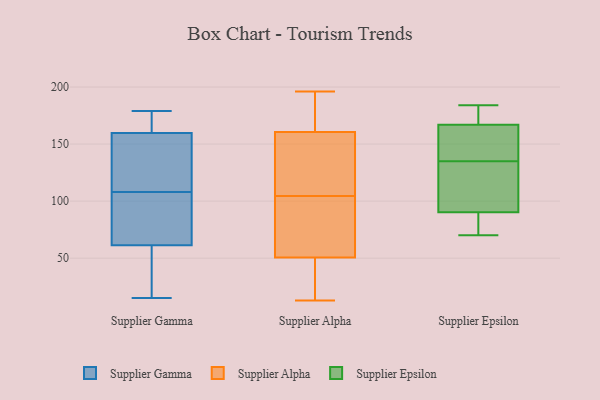
{"axis": {"x": "Net Income (USD K)", "y": "Value"}, "legend": ["Supplier Alpha", "Supplier Epsilon", "Supplier Gamma"], "data": [{"x": "", "y": 20, "type": "Supplier Gamma"}, {"x": "", "y": 172, "type": "Supplier Gamma"}, {"x": "", "y": 37, "type": "Supplier Gamma"}, {"x": "", "y": 138, "type": "Supplier Gamma"}, {"x": "", "y": 162, "type": "Supplier Gamma"}, {"x": "", "y": 159, "type": "Supplier Gamma"}, {"x": "", "y": 121, "type": "Supplier Gamma"}, {"x": "", "y": 74, "type": "Supplier Gamma"}, {"x": "", "y": 108, "type": "Supplier Gamma"}, {"x": "", "y": 69, "type": "Supplier Gamma"}, {"x": "", "y": 179, "type": "Supplier Gamma"}, {"x": "", "y": 92, "type": "Supplier Gamma"}, {"x": "", "y": 38, "type": "Supplier Gamma"}, {"x": "", "y": 132, "type": "Supplier Gamma"}, {"x": "", "y": 163, "type": "Supplier Gamma"}, {"x": "", "y": 100, "type": "Supplier Gamma"}, {"x": "", "y": 15, "type": "Supplier Gamma"}, {"x": "", "y": 17, "type": "Supplier Alpha"}, {"x": "", "y": 137, "type": "Supplier Alpha"}, {"x": "", "y": 104, "type": "Supplier Alpha"}, {"x": "", "y": 86, "type": "Supplier Alpha"}, {"x": "", "y": 105, "type": "Supplier Alpha"}, {"x": "", "y": 23, "type": "Supplier Alpha"}, {"x": "", "y": 140, "type": "Supplier Alpha"}, {"x": "", "y": 183, "type": "Supplier Alpha"}, {"x": "", "y": 56, "type": "Supplier Alpha"}, {"x": "", "y": 196, "type": "Supplier Alpha"}, {"x": "", "y": 126, "type": "Supplier Alpha"}, {"x": "", "y": 181, "type": "Supplier Alpha"}, {"x": "", "y": 74, "type": "Supplier Alpha"}, {"x": "", "y": 186, "type": "Supplier Alpha"}, {"x": "", "y": 45, "type": "Supplier Alpha"}, {"x": "", "y": 13, "type": "Supplier Alpha"}, {"x": "", "y": 81, "type": "Supplier Epsilon"}, {"x": "", "y": 89, "type": "Supplier Epsilon"}, {"x": "", "y": 107, "type": "Supplier Epsilon"}, {"x": "", "y": 152, "type": "Supplier Epsilon"}, {"x": "", "y": 172, "type": "Supplier Epsilon"}, {"x": "", "y": 135, "type": "Supplier Epsilon"}, {"x": "", "y": 141, "type": "Supplier Epsilon"}, {"x": "", "y": 184, "type": "Supplier Epsilon"}, {"x": "", "y": 70, "type": "Supplier Epsilon"}, {"x": "", "y": 176, "type": "Supplier Epsilon"}, {"x": "", "y": 94, "type": "Supplier Epsilon"}]}